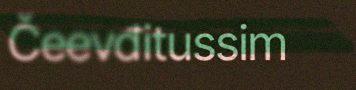
Čeevđitussim